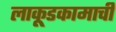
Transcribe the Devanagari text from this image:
लाकूडकामाची